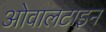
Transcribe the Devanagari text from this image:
ओवालटाइन